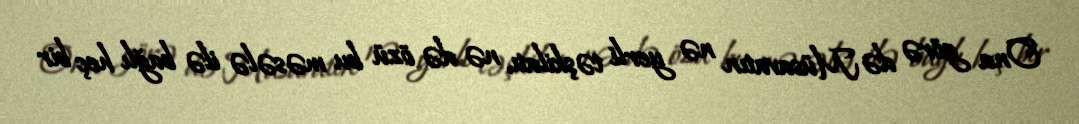
Ona görə də Müsavatın nə yerli təşkilatı, nə də özü bu məsələ ilə bağlı heç bir